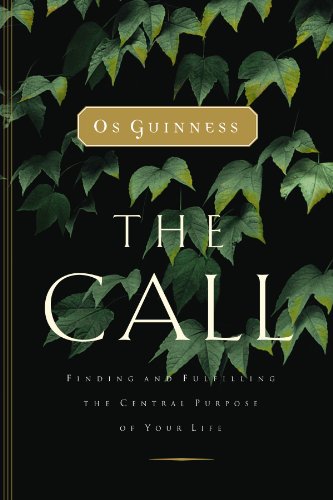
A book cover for The Call: Finding and Fulfilling the Central Purpose of Your Life; Os Guinness; Christian Books & Bibles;